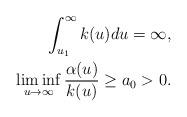
LaTeX: \begin{align*}\int_{u_1}^{\infty} k(u)du=\infty, \\\liminf_{u\to\infty} \frac{\alpha(u)}{k(u)} \ge a_0>0. \end{align*}